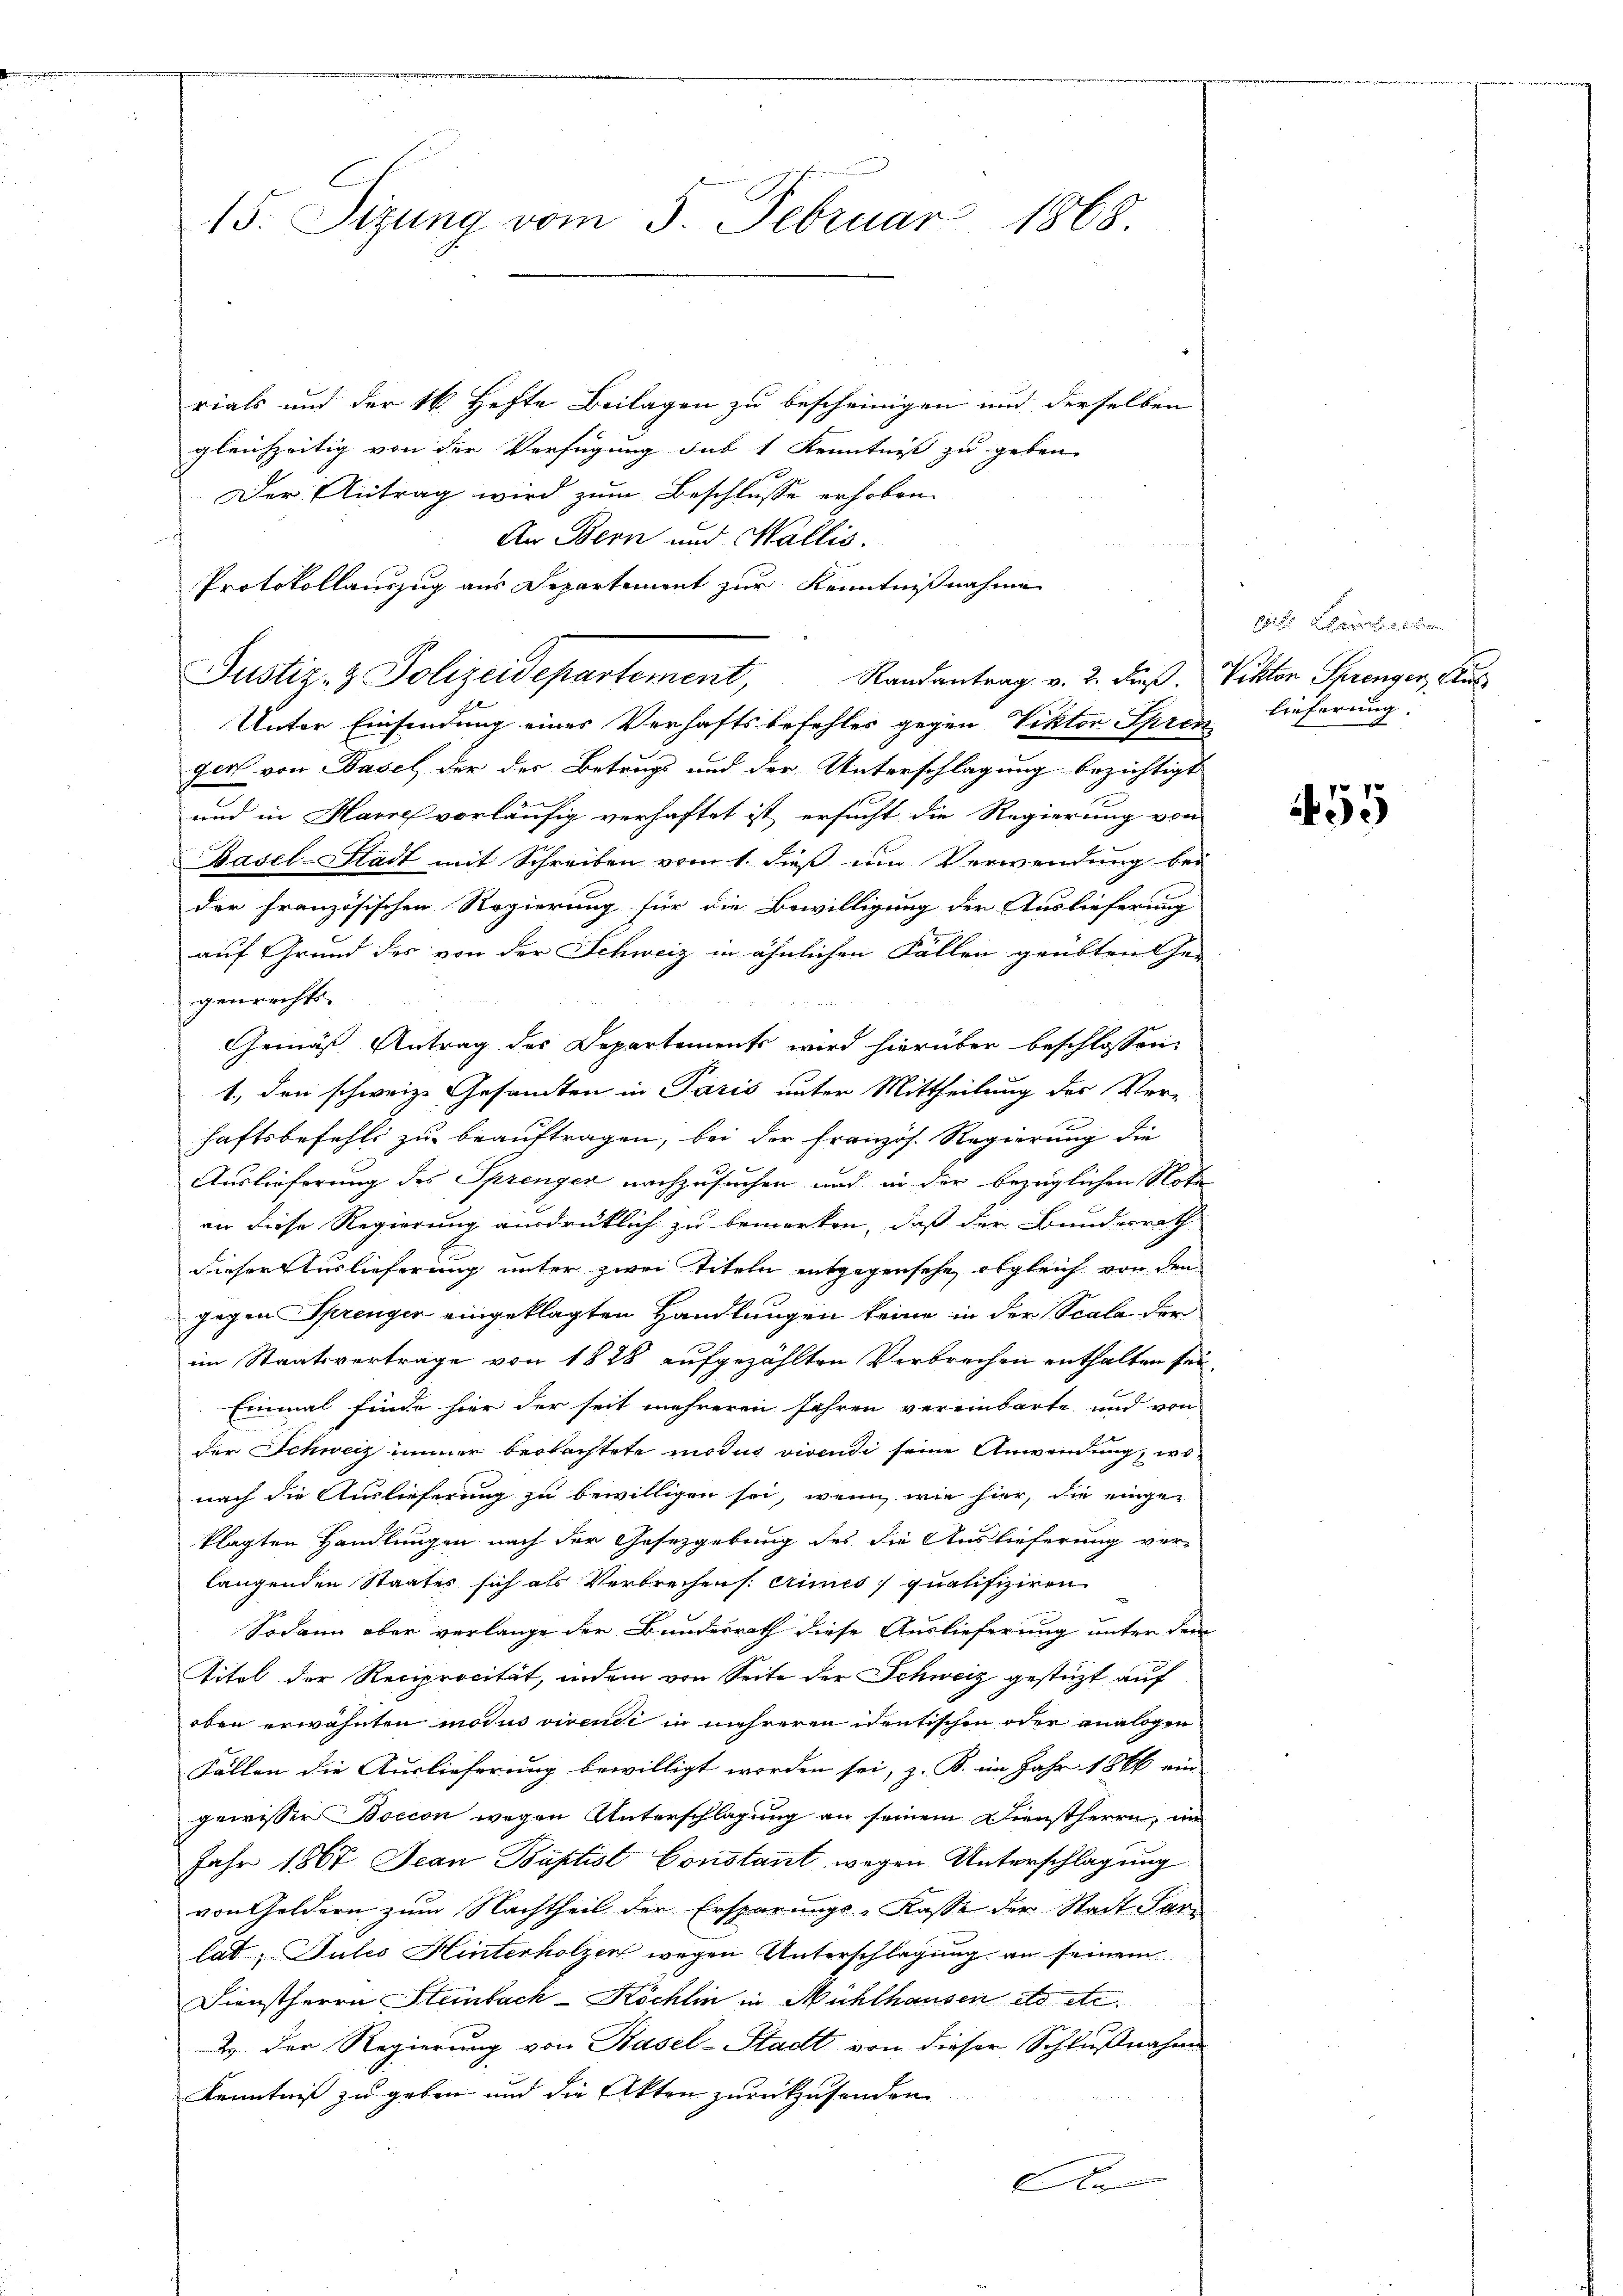
15. Sitzung vom 5. Februar 1868.

rials und der 16 Hefte Beilagen zu bescheinigen und derselben
gleichzeitig von der Verfügung sub 1 Kenntniß zu geben. |
Der Antrag wird zum Beschlusse erhoben.
f
An Bern und Wallis.
Protokollauszug aus Departement zur Kenntnißnahme
Justiz- & Polizeidepartement, Randantrag v. 2. dieß.
Unter Einsendung eines Verhaftsbefehles gegen Viktor Spren
gers von Basel der des Betrugs und der Unterschlagung bezichtigt
und in Havre vorläufig verhaftet ist ersucht die Regierung von
Basel-Stadt mit Schreiben vom 1. dieß um Verwendung bei
der französischen Regierung für die Bewilligung der Auslieferung
auf Grund des von der Schweiz in ähnlichen Fällen geübten Ge-
genrechts-
e
Gemäß Antrag des Departements wird hierüber beschlossen,
1., den schweiz. Gesandten in Paris unter Mittheilung des Ver-
haftsbefehls zu beauftragen, bei der Französ. Regierung die
Auslieferung des Sprenger nachzusuchen und in der bezüglichen Nota
an diese Regierung ausdrücklich zu bemerken, daß der Bundesrath
dieser Auslieferung unter zwei Titeln entgegensehe, obgleich von den
gegen Sprenger eingeklagten Handlungen keine in der Scala der
im Staatsvertrage von 1828 aufgezählten Verbrechen enthalten sei,
Einmal finde hier der seit mehreren Jahren vereinbarte und von
der Schweiz immer beobachtete modus vivendi seine Anwendung, wonach die Auslieferung zu bewilligen sei, wenn wie hier, die einge-
klagten Handlungen nach der Gesetzgebung des die Auslieferung ver-
langenden Staates sich als Verbrechen (: crimes qualifiziren
Sodann aber verlange der Bundesrath diese Auslieferung unter dem
Aitel der Reciprocität, indem von Seite der Schweiz gestüzt auf
oben erwähnten modus vivendi in mehreren identischen oder analogen
Fällen die Auslieferung bewilligt worden sei, z. B. im Jahr 1866 ein
gewisser Boccon wegen Unterschlagung an seinem Dienstherrn, im
Jahr 1867 Jean Baptist Constant, wegen Unterschlagung
von Gildern zum Nachtheil der Ersparungs-Kasse der Stadt Sarn
lat; Gutes Hinterholzen wegen Unterschlagung an seinem
Dienstherrn Steinbach-Köchlin in Mühlhausen etc etc.
2. Der Regierung von Basel-Stadt von dieser Schlußnahme
Kenntniß zu geben und die Akten zurükzusenden
A

K.
Viktor Sprenger, Aus
lieferung.

455